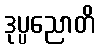
ဒုပ္ပညောတိ